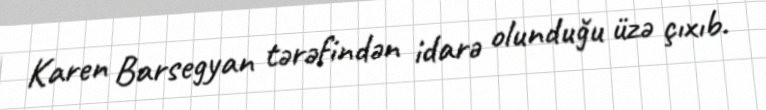
Karen Barsegyan tərəfindən idarə olunduğu üzə çıxıb.